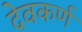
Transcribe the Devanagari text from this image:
देवकर्ण